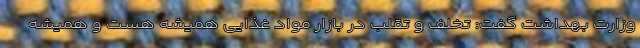
وزارت بهداشت گفت: تخلف و تقلب در بازار مواد غذایی همیشه هست و همیشه